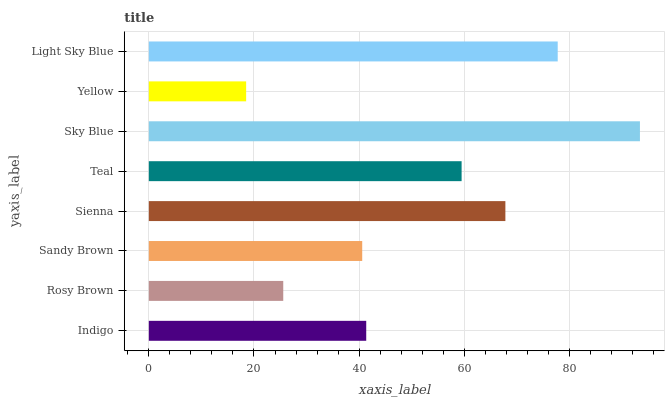
| yaxis_label | bars |
 | --- | --- |
 | Indigo | 41.3 |
 | Rosy Brown | 25.6 |
 | Sandy Brown | 40.6 |
 | Sienna | 67.8 |
 | Teal | 59.5 |
 | Sky Blue | 93.4 |
 | Yellow | 18.5 |
 | Light Sky Blue | 77.8 |